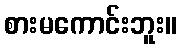
စားမကောင်းဘူး။